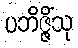
ပဘိဇ္ဇိံသု